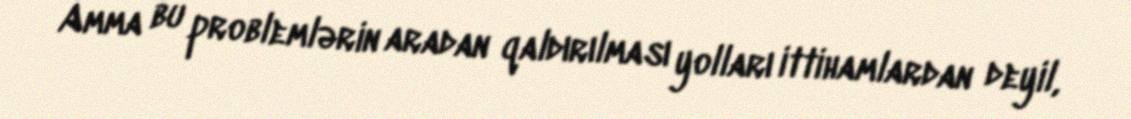
Amma bu problemlərin aradan qaldırılması yolları ittihamlardan deyil,